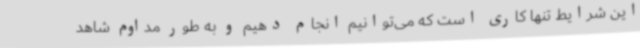
این شرایط تنها کاری است که می‌توانیم انجام دهیم و به طور مداوم شاهد